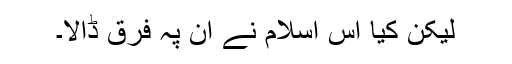
لیکن کیا اس اسلام نے ان پہ فرق ڈالا۔